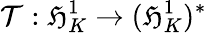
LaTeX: \mathcal{T}:\mathfrak{H}_{K}^{1}\to(\mathfrak{H}_{K}^{1})^{*}